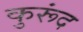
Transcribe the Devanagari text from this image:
कुरूंद